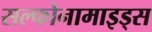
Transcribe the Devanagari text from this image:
सल्फोनामाइड्स